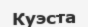
Куэста